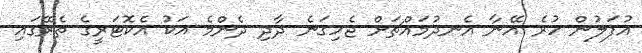
އުފަލުން ހުރެ އޭނާ އެނދުމައްޗަށް ޖެހިގަނެ ދާދި ދެންމެ އަކު އެކޮޓަރީގެ ތެރޭގައި